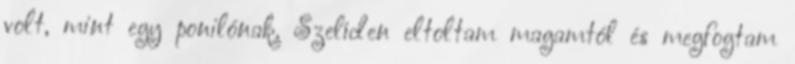
volt, mint egy ponilónak. Szelíden eltoltam magamtól és megfogtam